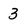
Character: 3